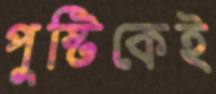
পুষ্টিকেই